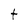
Character: t